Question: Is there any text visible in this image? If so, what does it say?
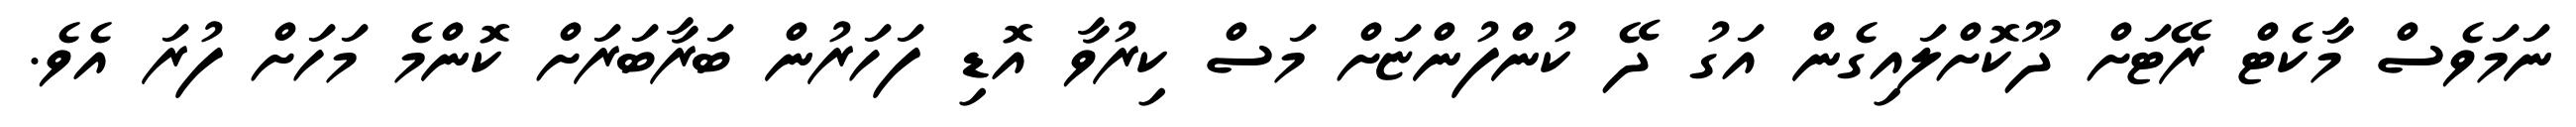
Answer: ނަމަވެސް މާކެޓް ރޭޓަށް ދޫކޮށްލައިގެން އަގު ދޭ ކުންފުންޏަށް މަސް ކިރުވާ އޮޑި ފަހަރުން ބަރާބަރަށް ކޮންމެ މަހަށް ފުރަ އެވެ.